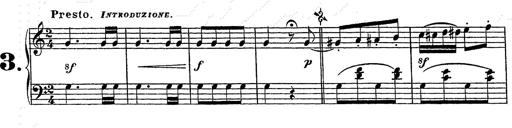
Title: Grand galop chromatique
Composer: Franz Liszt
Key: E-flat major (simplified version in EÂ major)